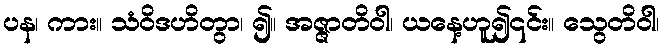
ပန၊ ကား။ သံဝိဒဟိတွာ၊ ၍။ အဇ္ဇာတိဝါ၊ ယနေ့ဟူ၍၎င်း။ သွေတိဝါ၊